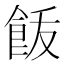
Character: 𩚿